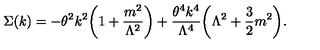
\Sigma ( k ) = - \theta ^ { 2 } k ^ { 2 } \biggl ( 1 + \frac { m ^ { 2 } } { \Lambda ^ { 2 } } \biggr ) + \frac { \theta ^ { 4 } k ^ { 4 } } { \Lambda ^ { 4 } } \biggl ( \Lambda ^ { 2 } + \frac { 3 } { 2 } m ^ { 2 } \biggr ) .